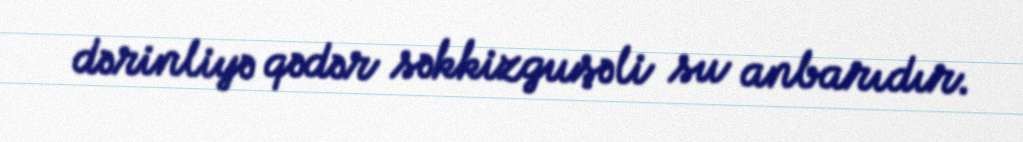
dərinliyə qədər səkkizguşəli su anbarıdır.